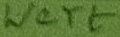
Text: Wert